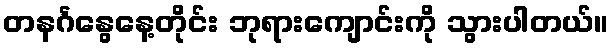
တနင်္ဂနွေနေ့တိုင်း ဘုရားကျောင်းကို သွားပါတယ်။